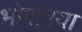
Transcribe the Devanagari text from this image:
भोगावया